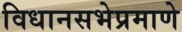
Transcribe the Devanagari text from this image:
विधानसभेप्रमाणे